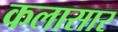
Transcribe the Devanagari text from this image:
कलासार